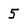
Character: 5